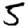
Digit: 5